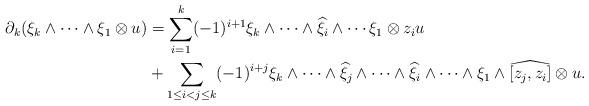
LaTeX: \begin{align*}\begin{aligned}\partial_k (\xi_k \wedge \cdots \wedge \xi_1 \otimes u) & = \sum_{i=1}^{k} (-1)^{i+1} \xi_k \wedge \cdots \wedge \widehat{\xi}_i \wedge \cdots \xi_1 \otimes z_i u \\& + \sum_{1\leq i<j\leq k} (-1)^{i+j} \xi_k \wedge \cdots \wedge \widehat{\xi}_j \wedge \cdots \wedge \widehat{\xi}_i \wedge \cdots \wedge \xi_1 \wedge \widehat{[z_j,z_i]} \otimes u.\end{aligned}\end{align*}